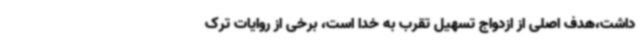
داشت،هدف اصلی از ازدواج تسهیل تقرب به خدا است، برخی از روایات ترک